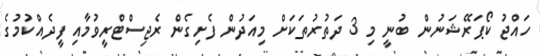
ހައްޖު ކޯޕަރޭޝަނުން ބުނީ މި 3 ދަތުރުތަކަށް މިއަދުން ފެށިގެން ރެޖިސްޓްރީވުމާއި ފީދެއްކުމުގެ